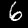
Digit: 6